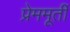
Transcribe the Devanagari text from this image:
प्रेममूर्ती